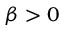
\beta > 0